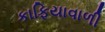
કાફિયાવાળી